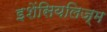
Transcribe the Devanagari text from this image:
इशेंसियलिज्म